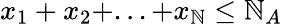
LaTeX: x_{1}+x_{2}+...+x_{\mathbb{N}}\leq\mathbb{N}_{A}